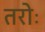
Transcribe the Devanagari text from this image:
तरोः